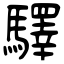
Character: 驛